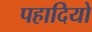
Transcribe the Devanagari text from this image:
पहादियो